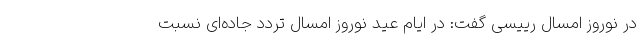
در نوروز امسال رییسی گفت: در ایام عید نوروز امسال تردد جاده‌ای نسبت